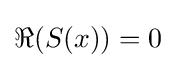
\Re (S(x))=0